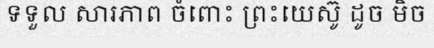
ទទួល សារភាព ចំពោះ ព្រះយេស៊ូ ដូច មិច